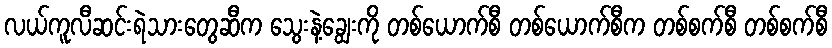
လယ်ကူလီဆင်းရဲသားတွေဆီက သွေးနဲ့ချွေးကို တစ်ယောက်စီ တစ်ယောက်စီက တစ်စက်စီ တစ်စက်စီ